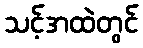
သင့်အထဲတွင်